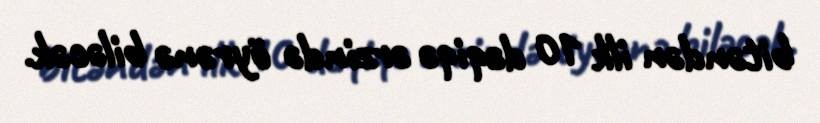
bitəndən ilk 10 dəqiqə ərzində öyrənə biləcək.